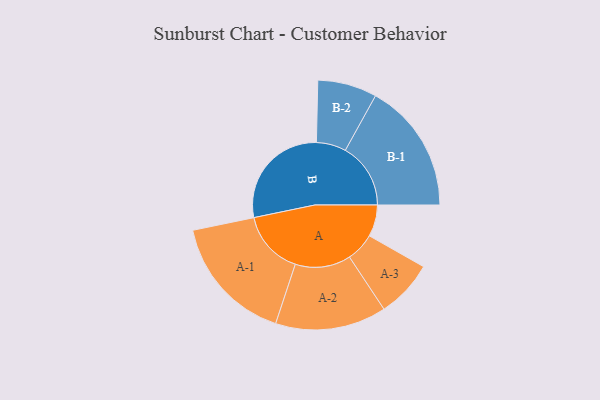
{"axis": {"x": "Segment", "y": "Value"}, "legend": ["", "A", "B"], "data": [{"x": "A", "y": 110, "type": ""}, {"x": "B", "y": 383, "type": ""}, {"x": "A-1", "y": 223, "type": "A"}, {"x": "A-2", "y": 193, "type": "A"}, {"x": "A-3", "y": 100, "type": "A"}, {"x": "B-1", "y": 227, "type": "B"}, {"x": "B-2", "y": 103, "type": "B"}]}